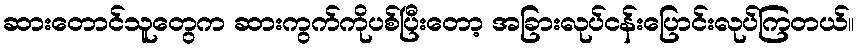
ဆားတောင်သူတွေက ဆားကွက်ကိုပစ်ပြီးတော့ အခြားလုပ်ငန်းပြောင်းလုပ်ကြတယ်။